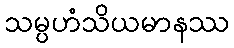
သမ္ပဟံသိယမာနဿ